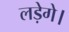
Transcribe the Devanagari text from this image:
लड़ेगे।